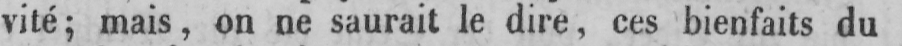
vité; mais, on ne saurait le dire, ces bienfaits du